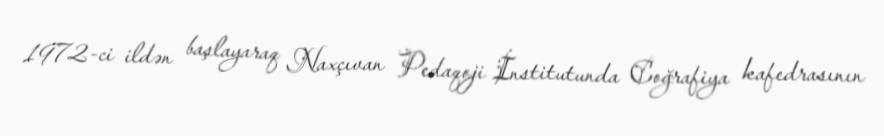
1972-ci ildən başlayaraq Naxçıvan Pedaqoji İnstitutunda Coğrafiya kafedrasının